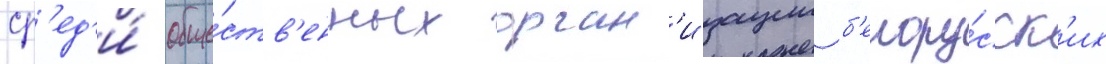
ср'ед'и́ обще́ств'енных орган'изации б'елору́сск'их